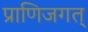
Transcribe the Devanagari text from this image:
प्राणिजगत्